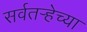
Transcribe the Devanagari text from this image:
सर्वतऱ्हेच्या